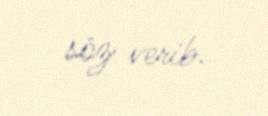
söz verib.